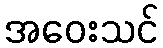
အဝေးသင်